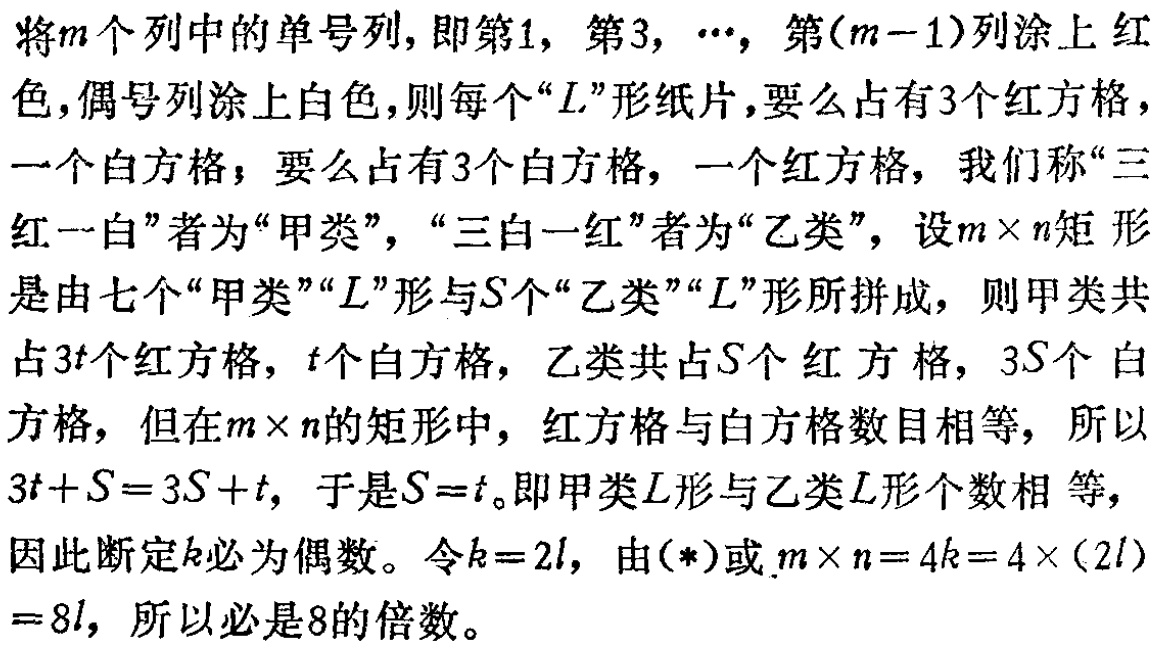
将\(m\)个列中的单号列，即第\(1\)，第\(3\)，\(\cdots\)，第\((m - 1)\)列涂上红色，偶号列涂上白色，则每个“\(L\)”形纸片，要么占有\(3\)个红方格，一个白方格；要么占有\(3\)个白方格，一个红方格，我们称“三红一白”者为“甲类”，“三白一红”者为“乙类”，设\(m\times n\)矩形是由七个“甲类”“\(L\)”形与\(S\)个“乙类”“\(L\)”形所拼成，则甲类共占\(3t\)个红方格，\(t\)个白方格，乙类共占\(S\)个红方格，\(3S\)个白方格，但在\(m\times n\)的矩形中，红方格与白方格数目相等，所以\(3t + S = 3S + t\)，于是\(S = t\)。即甲类\(L\)形与乙类\(L\)形个数相等，因此断定\(k\)必为偶数。令\(k = 2l\)，由\((*)\)或\(m\times n = 4k = 4\times(2l)= 8l\)，所以必是\(8\)的倍数。